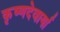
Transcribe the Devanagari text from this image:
कृष्णदेवार्या